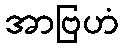
အာဗြဟံ